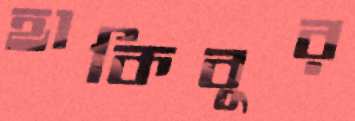
হাকিবুর